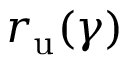
r _ { \mathrm { u } } ( \gamma )